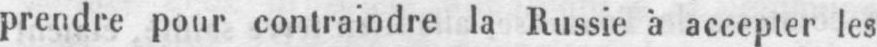
prendre pour contraindre la Russie à accepter les